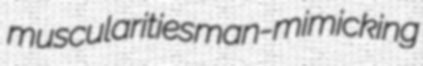
muscularities man-mimicking